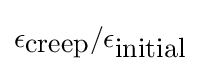
\epsilon _{\mbox{creep}}/\epsilon _{\mbox{initial}}